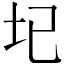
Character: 𡉏